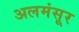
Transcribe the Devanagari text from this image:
अलमंसूर